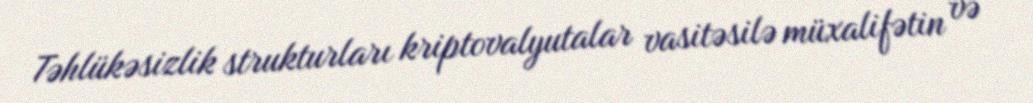
Təhlükəsizlik strukturları kriptovalyutalar vasitəsilə müxalifətin və